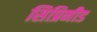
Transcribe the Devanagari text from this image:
सिप्रिनीड